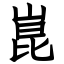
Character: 崑